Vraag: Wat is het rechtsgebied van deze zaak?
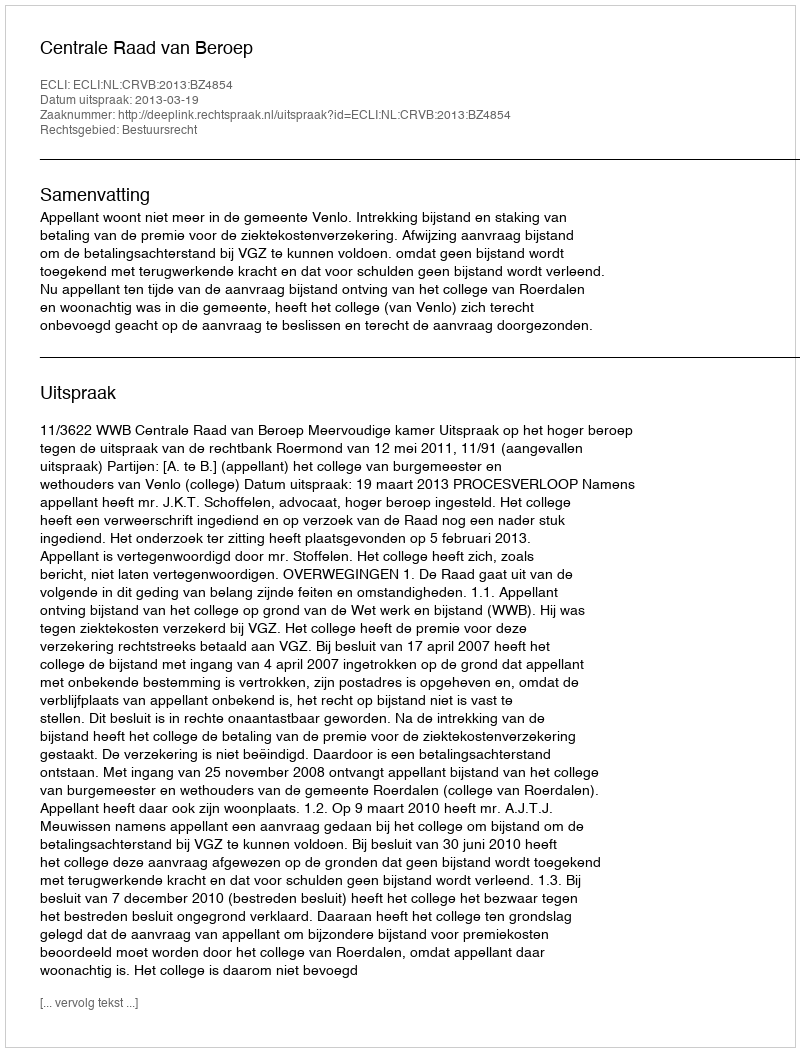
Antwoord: Bestuursrecht